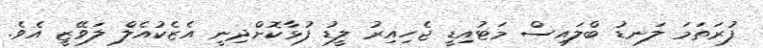
ފުރަތަމަ ލަނޑު ބްލައިސް މަޓުއިޑީ ޖެހިއިރު ލީޑު ފުޅާކޮށްދިނީ އެޒެކުއެލް ލަވޭޒީ އެވެ.